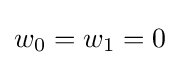
w_{0}=w_{1}=0